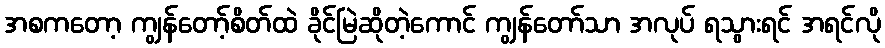
အစကတော့ ကျွန်တော့်စိတ်ထဲ ခိုင်မြဲဆိုတဲ့ကောင် ကျွန်တော်သာ အလုပ် ရသွားရင် အရင်လို